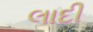
લાદી